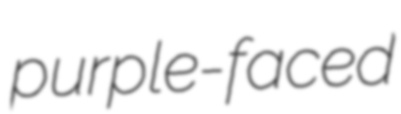
purple-faced